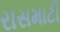
રાસમાટી